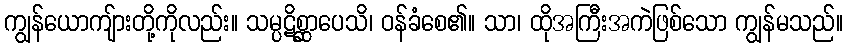
ကျွန်ယောကျ်ားတို့ကိုလည်း။ သမ္ပဋိစ္ဆာပေသိ၊ ဝန်ခံစေ၏။ သာ၊ ထိုအကြီးအကဲဖြစ်သော ကျွန်မသည်။